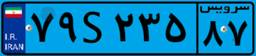
۷۹S۲۳۵۸۷